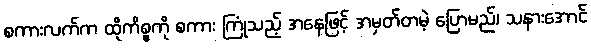
စကားလက်က ထိုကိစ္စကို စကား ကြုံသည့် အနေဖြင့် အမှတ်တမဲ့ ပြောမည်၊ သနားအောင်